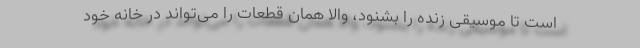
است تا موسیقی زنده را بشنود، والا همان قطعات را می‌تواند در خانه خود